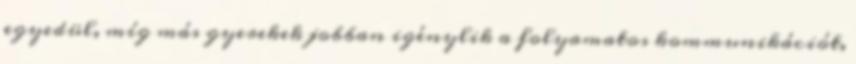
egyedül, míg más gyerekek jobban igénylik a folyamatos kommunikációt,